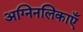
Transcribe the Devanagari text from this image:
अग्निनलिकाएँ